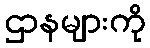
ဌာနများကို